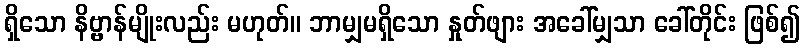
ရှိသော နိဗ္ဗာန်မျိုးလည်း မဟုတ်။ ဘာမျှမရှိသော နှုတ်ဖျား အခေါ်မျှသာ ခေါ်တိုင်း ဖြစ်၍